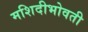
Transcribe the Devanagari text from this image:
मशिदीभोवती